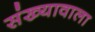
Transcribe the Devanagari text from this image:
संख्यावाला